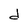
Character: d